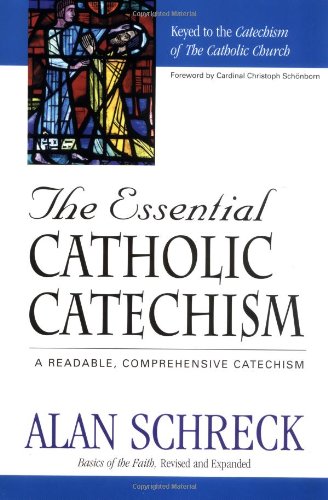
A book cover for The Essential Catholic Catechism: A Readable, Comprehensive Catechism; Alan Schreck Ph.D.; Christian Books & Bibles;